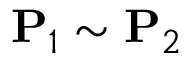
\mathbf { P } _ { 1 } \sim \mathbf { P } _ { 2 }